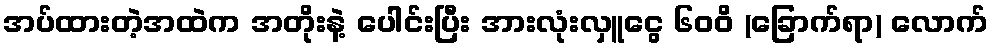
အပ်ထားတဲ့အထဲက အတိုးနဲ့ ပေါင်းပြီး အားလုံးလှူငွေ ၆၀၀ိ (ခြောက်ရာ) လောက်